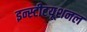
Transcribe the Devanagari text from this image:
इन्स्टीटयूशनल